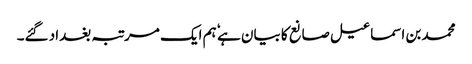
محمد بن اسماعیل صانع کا بیان ہے ٗ ہم ایک مرتبہ بغداد گئے۔